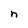
Character: n